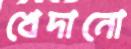
খেদানো